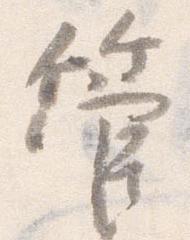
管